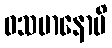
ဝသမာနောပိ